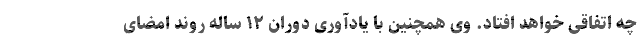
چه اتفاقی خواهد افتاد. وی همچنین با یادآوری دوران ۱۲ ساله روند امضای